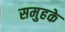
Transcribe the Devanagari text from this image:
समुहके